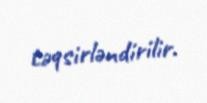
təqsirləndirilir.